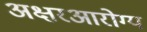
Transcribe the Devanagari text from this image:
अक्षरआरोग्य